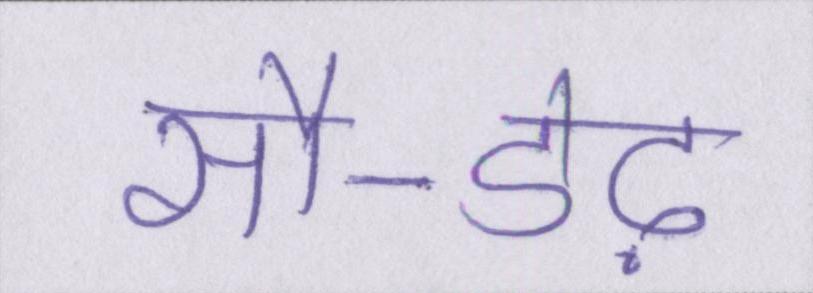
सौ-डेढ़